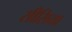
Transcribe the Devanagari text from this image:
सीसिया